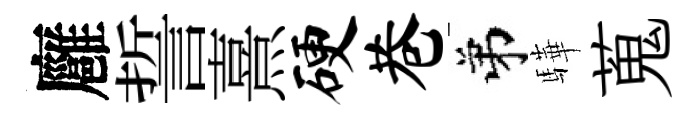
廱誓熹硬巷弟驊蒐